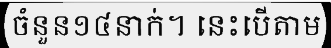
ចំនួន១៤នាក់។ នេះបើតាម